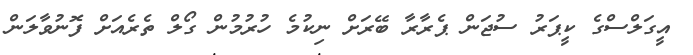
އީގަލްސްގެ ކީޕަރު ސުޖަން ޕެރާރާ ބޭރަށް ނިކުމެ ހުރުމުން ގޯލް ތެރެއަށް ފޮނުވާލަން